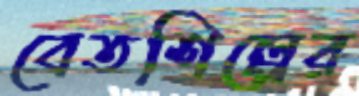
বেতশিল্পের